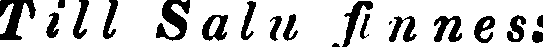
Till Salu finnes: